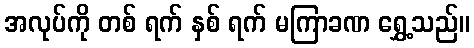
အလုပ်ကို တစ် ရက် နှစ် ရက် မကြာခဏ ရွှေ့သည်။